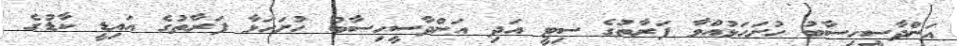
އަންދާސީހިސާބު ހުށަހަޅުއްވާ ފަރާތުގެ ސިޓީ އަދި އަންދާސީހިސާބު ހުށަހަޅާ ފަރާތުގެ އައިޑީ ކާޑުގެ